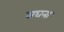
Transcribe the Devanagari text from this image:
सघना